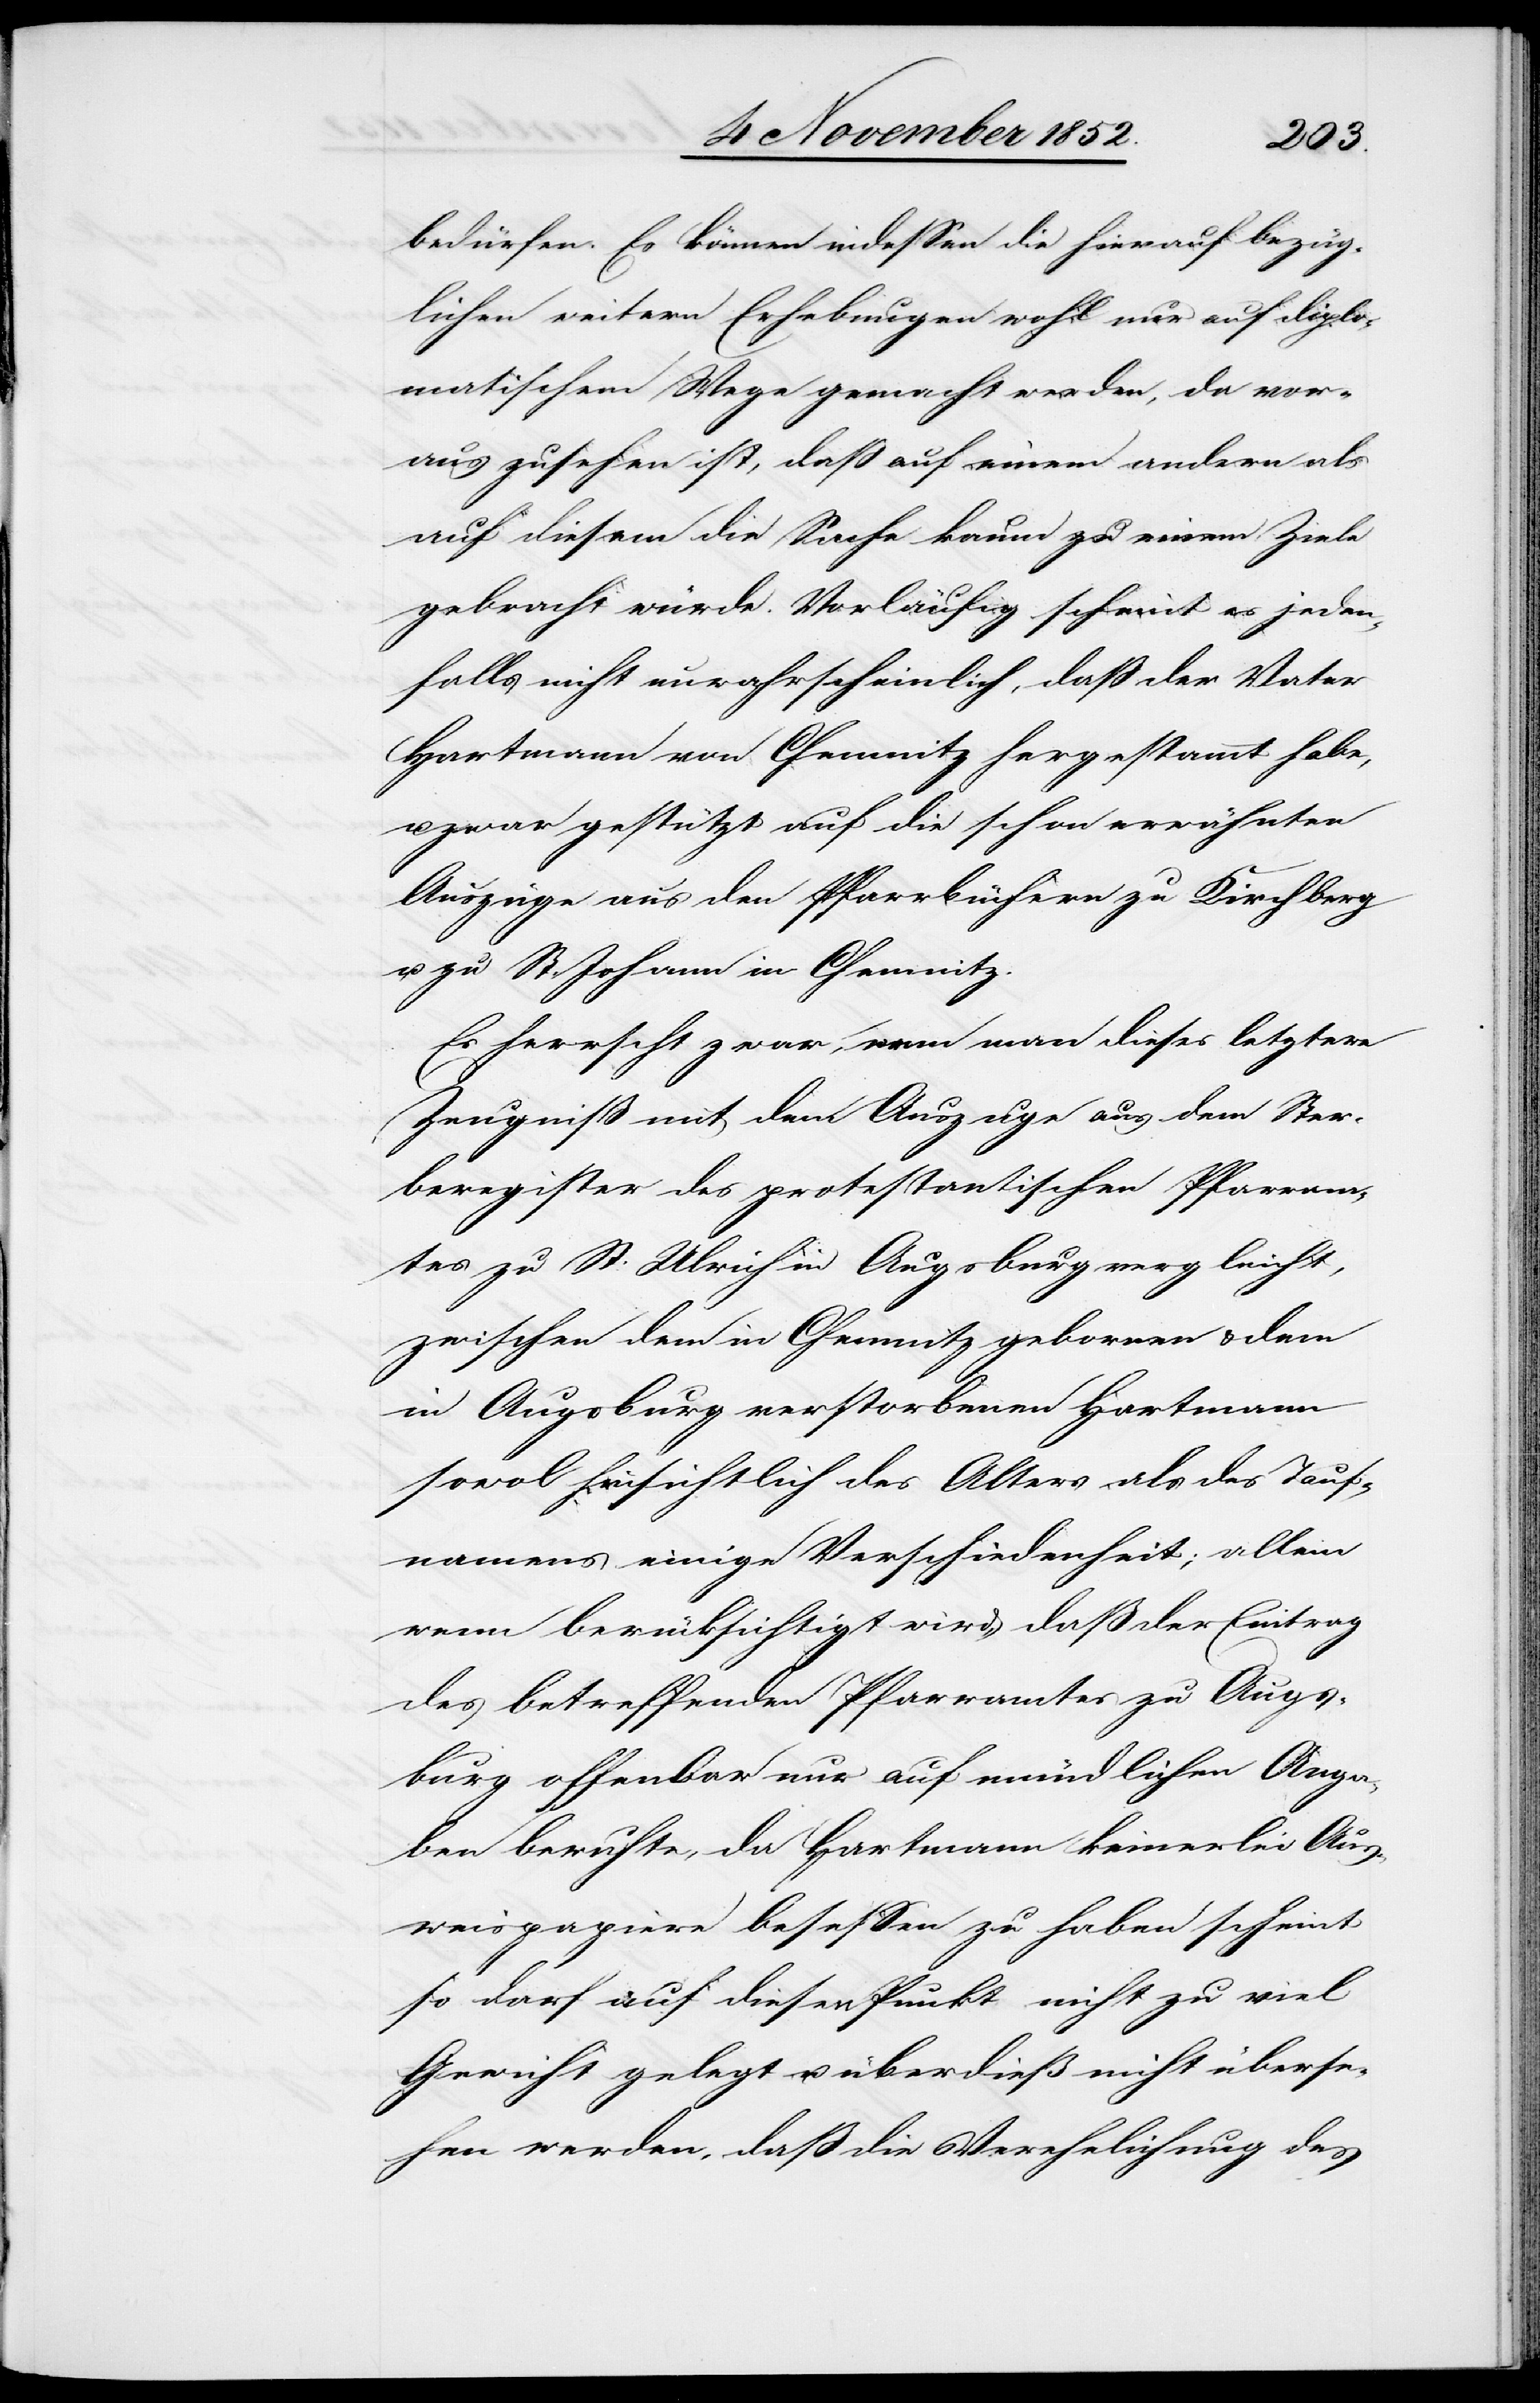
bedürfen. Es können indessen die hierauf bezüg¬
lichen weitern Erhebungen wohl nur auf diplo¬
matischem Wege gemacht werden, da vor¬
aus zusehen ist, daß auf einem andern als
auf diesem die Sache kaum zu einem Ziele
gebracht würde. Vorläufig scheint es jeden¬
falls nicht unwahrscheinlich, daß der Vater
Hartmann von Chemnitz hergestammt habe,
u. zwar gestützt auf die schon erwähnten
Auszüge aus den Pfarrbüchern zu Kirchberg
u. zu St. Johann in Chemnitz.
Es herrscht zwar, wenn man dieses letztere
Zeugniß mit dem Auszuge aus dem Ster¬
beregister des protestantischen Pfarram¬
tes zu St: Ulrich in Augsburg vergleicht,
zwischen dem in Chemnitz gebornen & dem
in Augsburg verstorbenen Hartmann
sowol hinsichtlich des Alters als des Tauf¬
namens einige Verschiedenheit; allein
wenn berücksichtigt wird, daß der Eintrag
des betreffenden Pfarramtes zu Augs¬
burg offenbar nur auf mündlichen Anga¬
ben beruhte, da Hartmann keinerlei Aus¬
weispapiere besessen zu haben scheint
so darf auf diesen Punkt nicht zu viel
Gewicht gelegt u. überdieß nicht überse¬
hen werden, daß die Verehelichung des